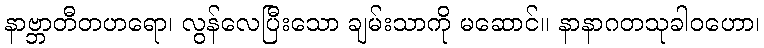
နာဗ္ဘာတီတဟရော၊ လွန်လေပြီးသော ချမ်းသာကို မဆောင်။ နာနာဂတသုခါဝဟော၊